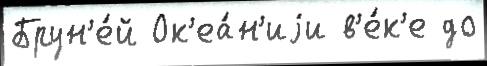
Брун'е́й Ок'еа́н'иjи в'е́к'е до